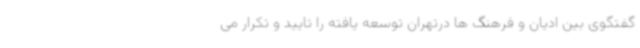
گفتگوی بین ادیان و فرهنگ ها درتهران توسعه یافته را تایید و تکرار می